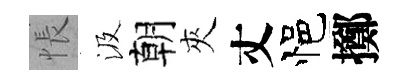
悵汲朝夾丈悒擲